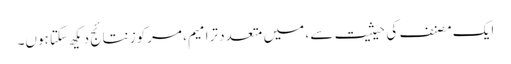
ایک مصنف کی حیثیت سے ، میں متعدد ترامیم ، مرکوز نتائج دیکھ سکتا ہوں۔